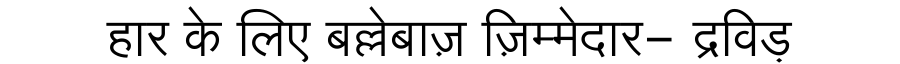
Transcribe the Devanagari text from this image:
हार के लिए बल्लेबाज़ ज़िम्मेदार- द्रविड़